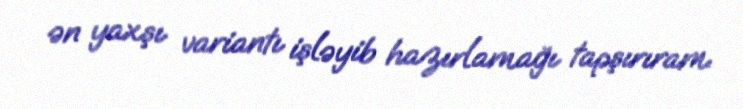
ən yaxşı variantı işləyib hazırlamağı tapşırıram.